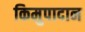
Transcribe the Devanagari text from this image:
किमुपादान